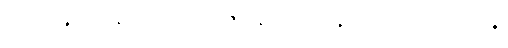
ရသာနုဘဝနံ သရီရပ္ပဋိဇဂ္ဂနံ ပဟီနောဝ ပေါဋကိလန္တိ